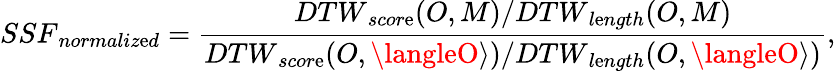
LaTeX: {SSF}_{normaliz\mathrm{e}d}=\frac{{{DTW}_{scor\mathrm{e}}(O,M)/{DTW}_{l\mathrm{e}ngth}(O,M)}}{{{DTW}_{scor\mathrm{e}}({O,\langleO\rangle})/{DTW}_{l\mathrm{e}ngth}({O,\langleO\rangle})}},